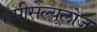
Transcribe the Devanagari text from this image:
हेमीसेल्यूलोज